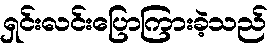
ရှင်းလင်းပြောကြားခဲ့သည်